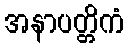
အနာပတ္တိကံ